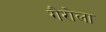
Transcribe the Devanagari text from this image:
गैरोला